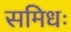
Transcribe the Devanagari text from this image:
समिधः